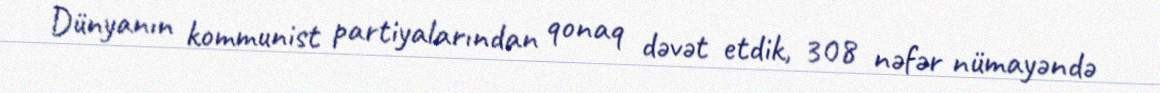
Dünyanın kommunist partiyalarından qonaq dəvət etdik, 308 nəfər nümayəndə